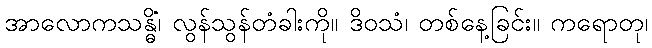
အာလောကသန္ဓိံ၊ လွန်သွန်တံခါးကို။ ဒိဝသံ၊ တစ်နေ့ခြင်း။ ကရောတု၊